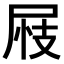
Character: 𡱪